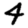
Digit: 4